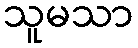
သူမသာ